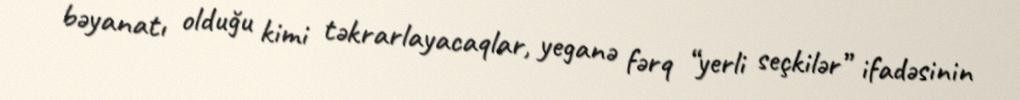
bəyanatı olduğu kimi təkrarlayacaqlar, yeganə fərq “yerli seçkilər” ifadəsinin